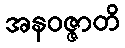
အနဝဇ္ဇာတိ